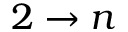
2 \to n